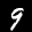
Label: 9